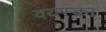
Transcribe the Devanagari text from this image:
वयस्का